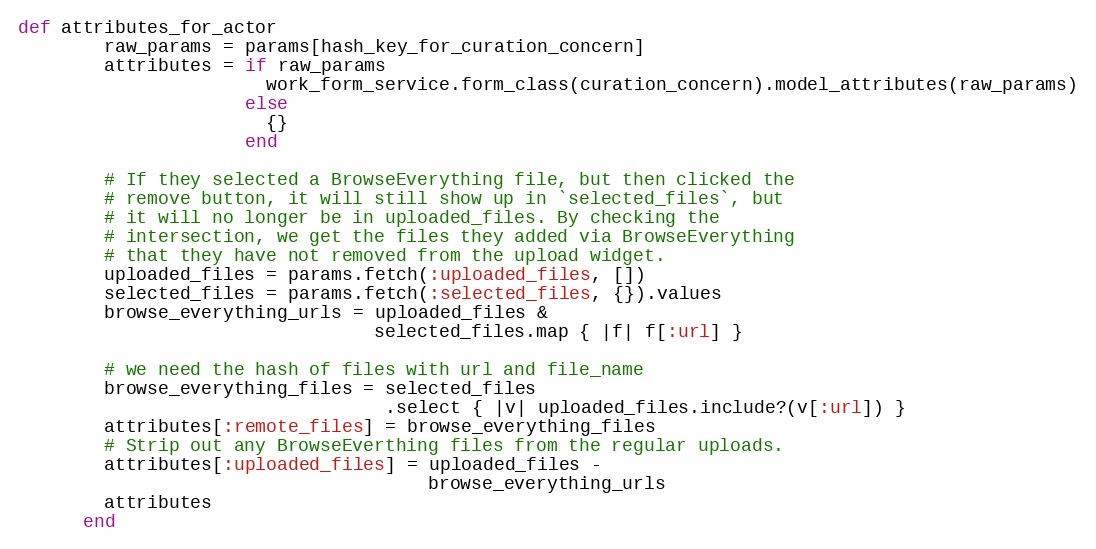
Language: Ruby
def attributes_for_actor
        raw_params = params[hash_key_for_curation_concern]
        attributes = if raw_params
                       work_form_service.form_class(curation_concern).model_attributes(raw_params)
                     else
                       {}
                     end

        # If they selected a BrowseEverything file, but then clicked the
        # remove button, it will still show up in `selected_files`, but
        # it will no longer be in uploaded_files. By checking the
        # intersection, we get the files they added via BrowseEverything
        # that they have not removed from the upload widget.
        uploaded_files = params.fetch(:uploaded_files, [])
        selected_files = params.fetch(:selected_files, {}).values
        browse_everything_urls = uploaded_files &
                                 selected_files.map { |f| f[:url] }

        # we need the hash of files with url and file_name
        browse_everything_files = selected_files
                                  .select { |v| uploaded_files.include?(v[:url]) }
        attributes[:remote_files] = browse_everything_files
        # Strip out any BrowseEverthing files from the regular uploads.
        attributes[:uploaded_files] = uploaded_files -
                                      browse_everything_urls
        attributes
      end